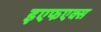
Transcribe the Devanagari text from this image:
इएफएक्स